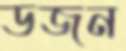
ডজন